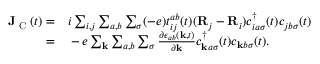
\begin{array} { r l } { \mathbf { J } _ { \textrm { C } } ( t ) = } & { { } i \sum _ { i , j } \sum _ { a , b } \sum _ { \sigma } ( - e ) t _ { i j } ^ { a b } ( t ) ( \mathbf { R } _ { j } - \mathbf { R } _ { i } ) c _ { i a \sigma } ^ { \dagger } ( t ) c _ { j b \sigma } ( t ) } \\ { = } & { { } - e \sum _ { \mathbf { k } } \sum _ { a , b } \sum _ { \sigma } \frac { \partial \epsilon _ { a b } ( \mathbf { k } , t ) } { \partial \mathbf { k } } c _ { \mathbf { k } a \sigma } ^ { \dagger } ( t ) c _ { \mathbf { k } b \sigma } ( t ) . } \end{array}